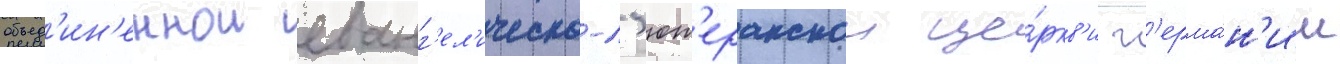
объед'ин'еннои еванг'ел'ическо-л'ют'еранскои це́ркв'и г'ерма́н'ии